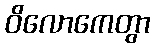
ဝိလောကေတွာ